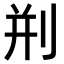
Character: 𠛼